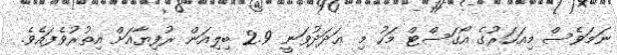
ނަމަވެސް މިއަހަރުގެ އޯގަސްޓް މަހު މި ޢަދަދުވަނީ 2.9 ބިލިއަން ރުފިޔާއަށް އިތުރުވެފައެވެ.